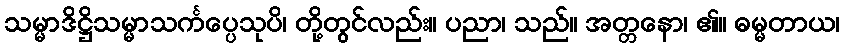
သမ္မာဒိဋ္ဌိသမ္မာသင်္ကပ္ပေသုပိ၊ တို့တွင်လည်း။ ပညာ၊ သည်။ အတ္တနော၊ ၏။ ဓမ္မတာယ၊